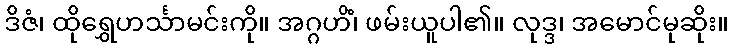
ဒိဇံ၊ ထိုရွှေဟင်္သာမင်းကို။ အဂ္ဂဟိံ၊ ဖမ်းယူပါ၏။ လုဒ္ဒ၊ အမောင်မုဆိုး။